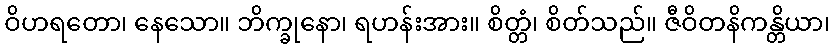
ဝိဟရတော၊ နေသော။ ဘိက္ခုနော၊ ရဟန်းအား။ စိတ္တံ၊ စိတ်သည်။ ဇီဝိတနိကန္တိယာ၊